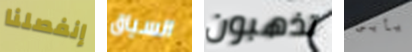
إنفصلنا السياق تذهبون يأبى